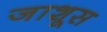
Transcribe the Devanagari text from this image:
जाशूस